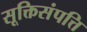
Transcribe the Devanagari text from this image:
सूक्तिसंपत्ति